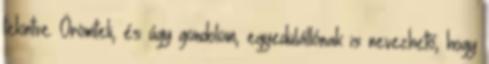
tekintve. Örömteli, és úgy gondolom, egyedülállónak is nevezhető, hogy